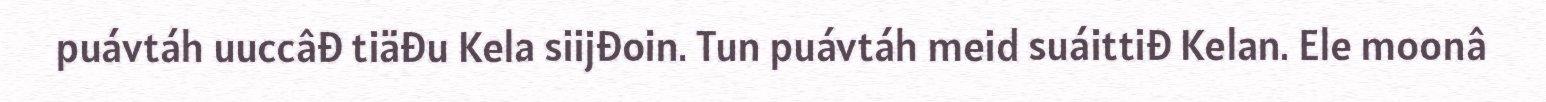
puávtáh uuccâđ tiäđu Kela siijđoin. Tun puávtáh meid suáittiđ Kelan. Ele moonâ